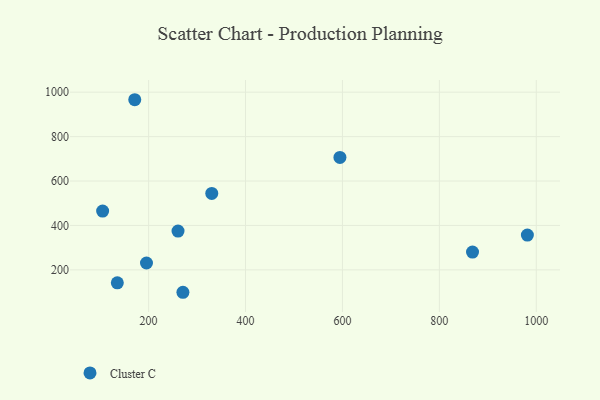
{"axis": {"x": "Study Hours", "y": "Yield"}, "legend": ["Cluster C"], "data": [{"x": "135.4", "y": 141.8, "type": "Cluster C"}, {"x": "195.6", "y": 231.0, "type": "Cluster C"}, {"x": "981.6", "y": 356.7, "type": "Cluster C"}, {"x": "260.7", "y": 374.8, "type": "Cluster C"}, {"x": "330.3", "y": 544.0, "type": "Cluster C"}, {"x": "270.8", "y": 99.1, "type": "Cluster C"}, {"x": "594.8", "y": 706.3, "type": "Cluster C"}, {"x": "868.4", "y": 280.1, "type": "Cluster C"}, {"x": "171.4", "y": 966.1, "type": "Cluster C"}, {"x": "105.1", "y": 464.5, "type": "Cluster C"}]}